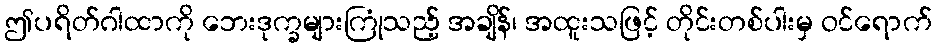
ဤပရိတ်ဂါထာကို ဘေးဒုက္ခများကြုံသည့် အချိန်၊ အထူးသဖြင့် တိုင်းတစ်ပါးမှ ဝင်ရောက်